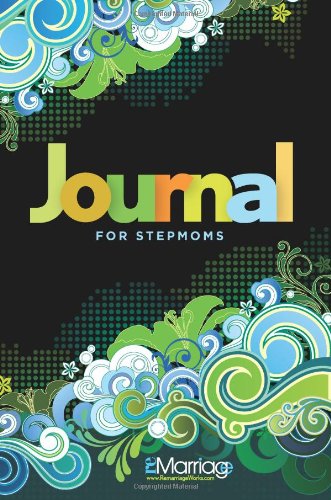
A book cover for Journal for Stepmoms; Paula Bisacre; Parenting & Relationships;